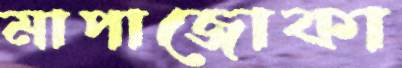
মাপাজোকা